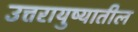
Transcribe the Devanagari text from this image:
उत्तरायुष्यातील